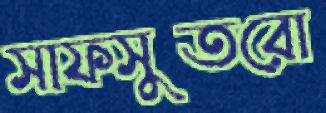
সাফসুতরো